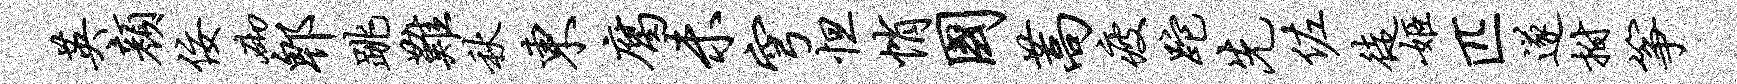
英颜佞砌郫跳难秋东腐未穹怛悄国蒿疲跎先佐徒姬匹遂拊筝